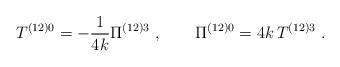
LaTeX: \begin{align*}T^{\left( 12\right) 0}=-\frac{1}{4k}\Pi ^{\left( 12\right) 3}\ ,\qquad \Pi^{(12)0}=4k\,T^{(12)3}\ .\end{align*}